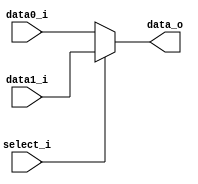
/***************************************************
Student Name: 
Student ID: group24_0816162_0812203
***************************************************/

   `timescale 1ns/1ps

   module MUX_2to1(
       input  [31:0] data0_i,
       input  [31:0] data1_i,
       input         select_i,
       output [31:0] data_o
   );

   assign data_o = (select_i==0)?data0_i:data1_i;

   endmodule